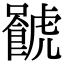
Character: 𧈐